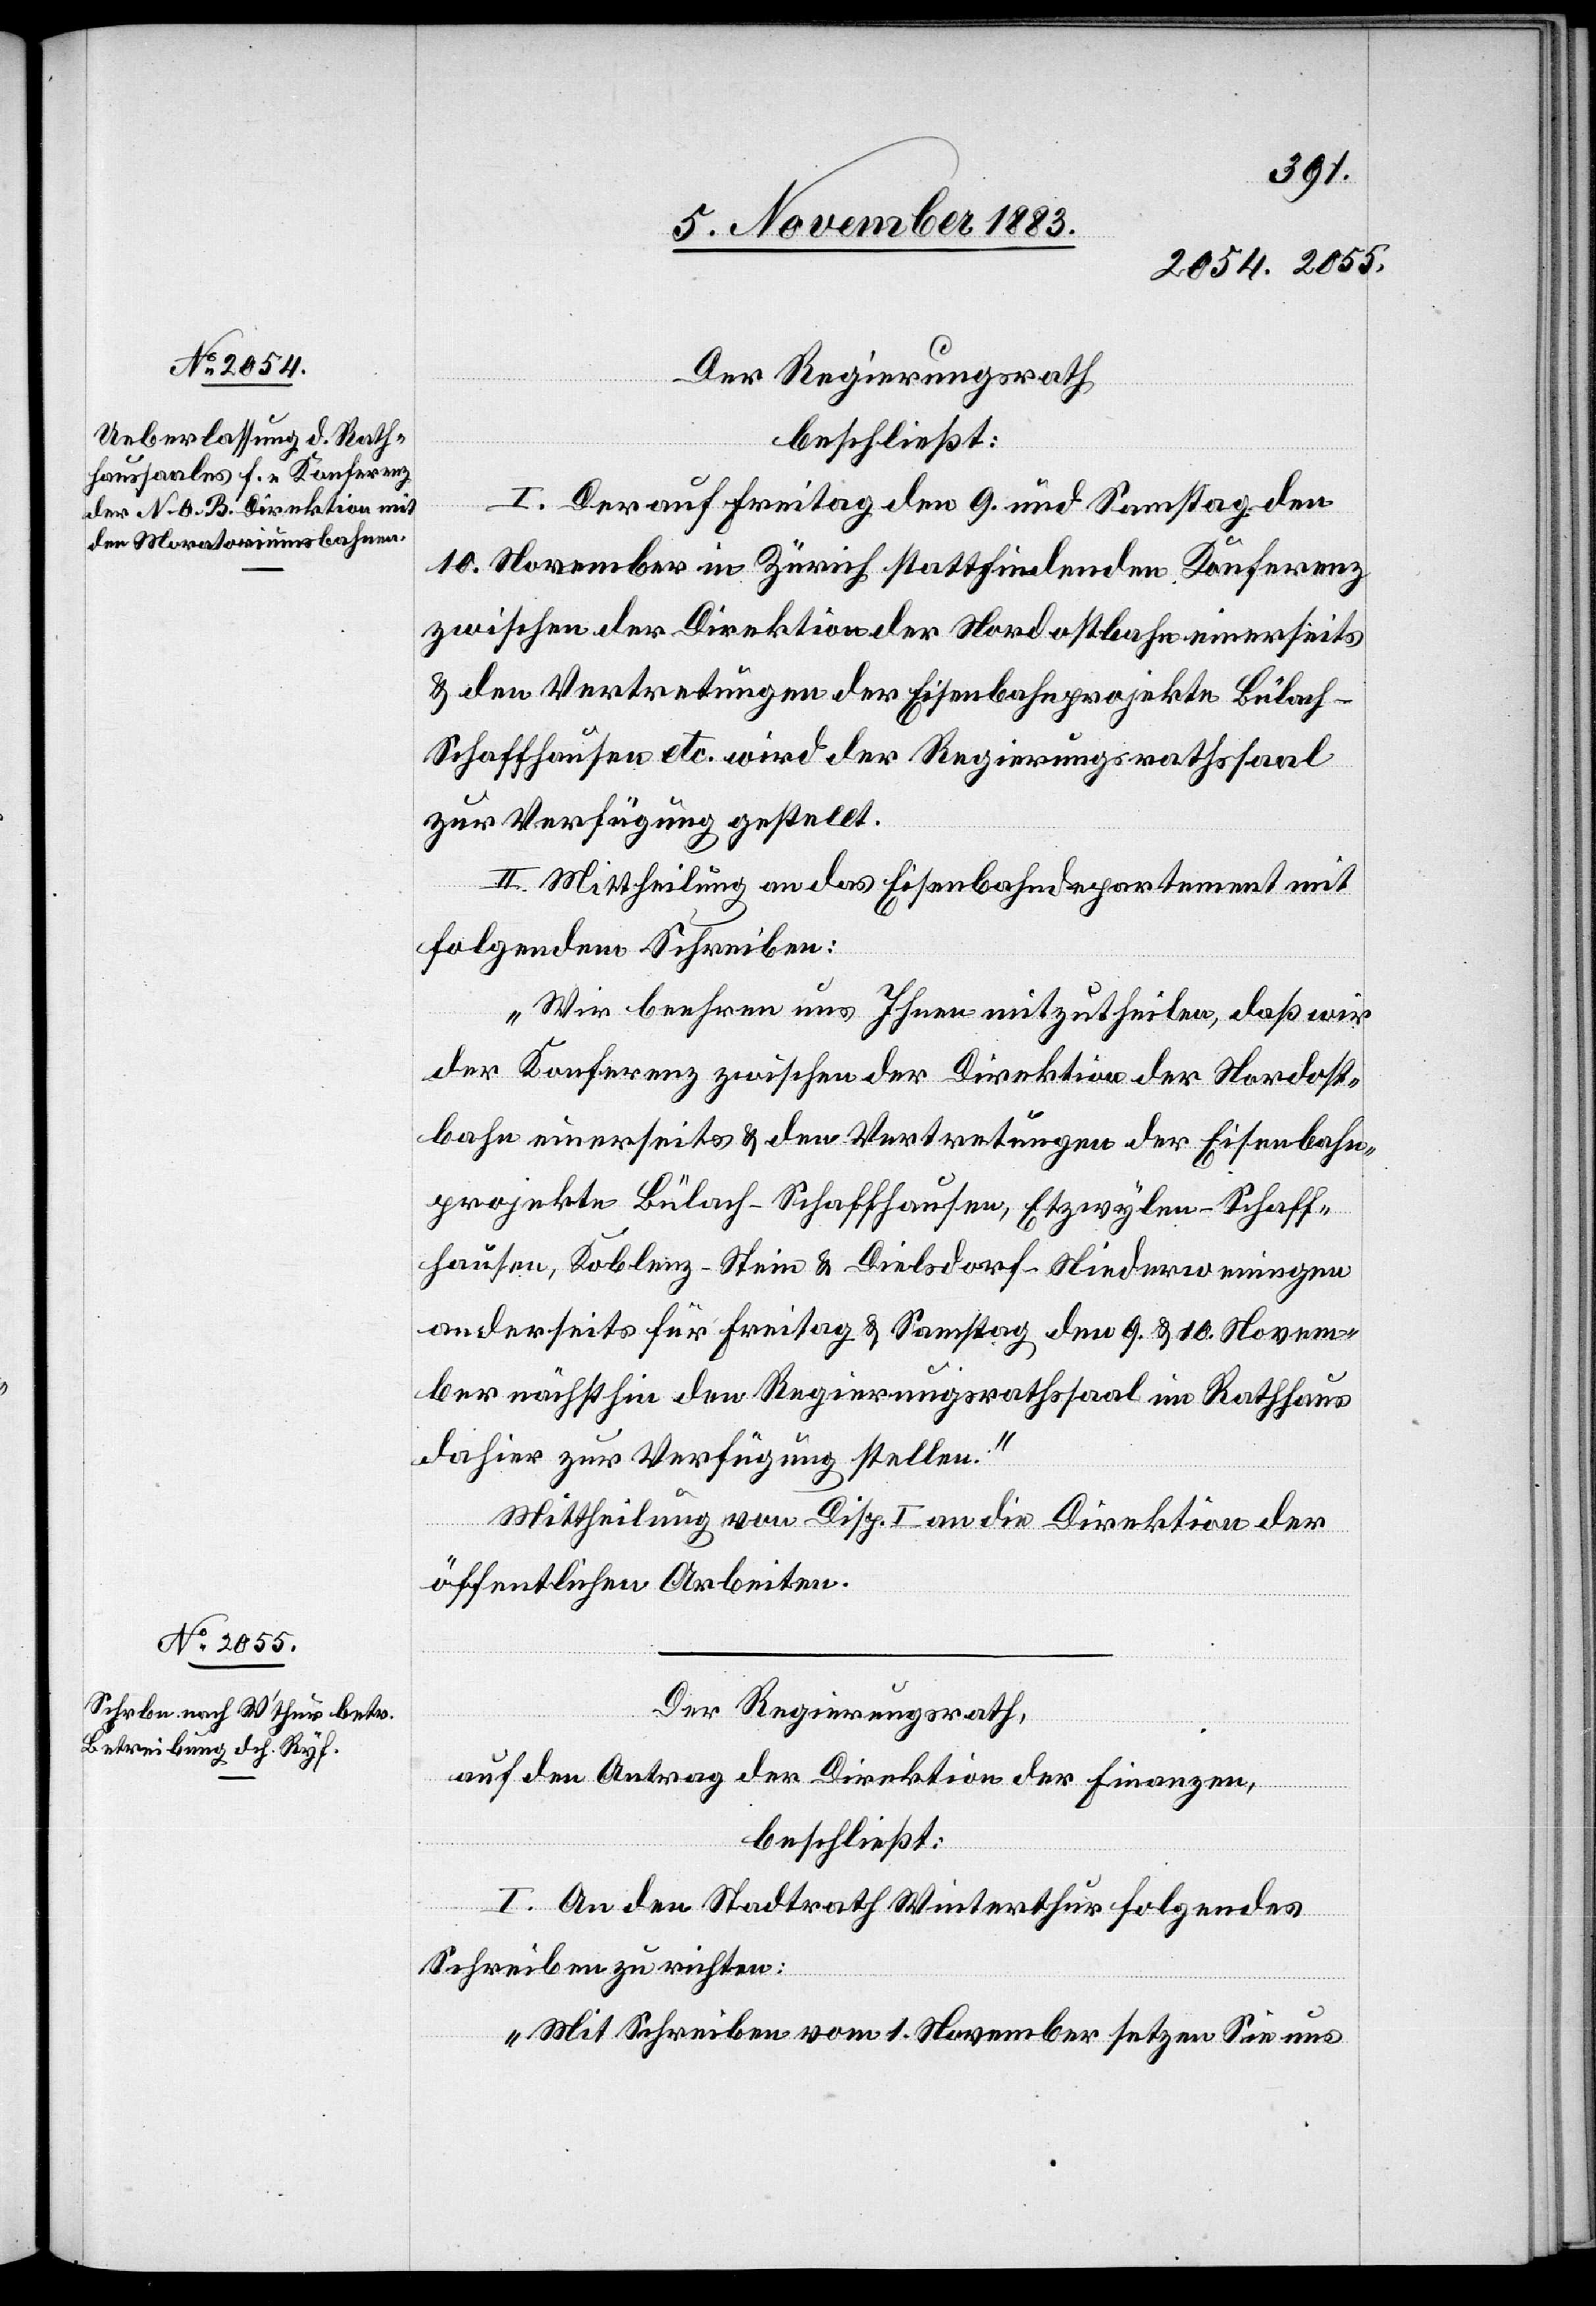
Der Regierungsrath
beschließt:
I. Der auf Freitag den 9. und Samstag den
10. November in Zürich stattfindenden Konferenz
zwischen der Direktion Nordostbahn einerseits
& den Vertretungen der Eisenbahnprojekte Bülach–S¬
chaffhausen etc. wird der Regierungsrathssaal
zur Verfügung gestellt.
II. Mittheilung an das Eisenbahndepartement mit
folgendem Schreiben:
„Wir beehren uns Ihnen mitzutheilen, daß wir
der Konferenz zwischen der Direktion der Nordost¬
bahn einerseits & den Vertretungen der Eisenbahn¬
projekte Bülach–Schaffhausen, Etzwylen–Schaff¬
hausen, Koblenz–Stein & Dielsdorf–Niederweningen
anderseits für Freitag & Samstag den 9. & 10. Novem¬
ber nächsthin den Regierungsrathssaal im Rathhaus
dahier zur Verfügung stellen.“
Mittheilung von Disp. I an die Direktion der
öffentlichen Arbeiten.
Der Regierungsrath,
auf den Antrag der Direktion der Finanzen,
beschließt:
I. An den Stadtrath Winterthur folgendes
Schreiben zu richten:
„Mit Schreiben vom 1. November setzen Sie uns